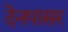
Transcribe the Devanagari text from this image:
देनपासर